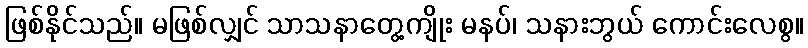
ဖြစ်နိုင်သည်။ မဖြစ်လျှင် သာသနာတွေ့ကျိုး မနပ်၊ သနားဘွယ် ကောင်းလေစွ။